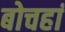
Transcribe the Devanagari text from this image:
बोचहां